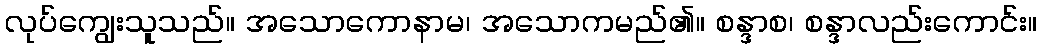
လုပ်ကျွေးသူသည်။ အသောကောနာမ၊ အသောကမည်၏။ စန္ဒာစ၊ စန္ဒာလည်းကောင်း။